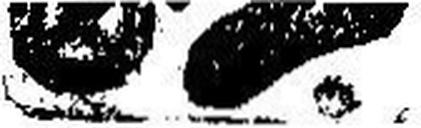
###